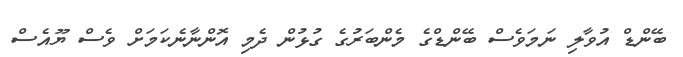
ބޭންޑް އުވާލި ނަމަވެސް ބޭންޑްގެ މެންބަރުގެ ގުޅުން ދެމި އޮންނާނެކަމަށް ވެސް ޔޫއެސް